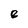
Character: 8